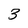
Character: 3